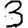
Digit: 3